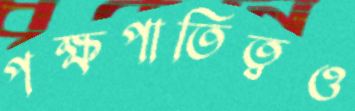
পক্ষপাতিত্বও